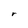
Character: r